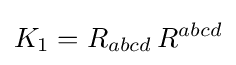
K_{1}=R_{abcd}\,R^{abcd}